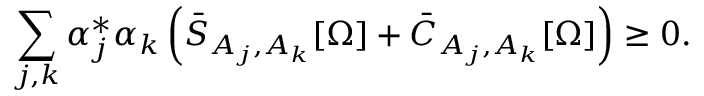
\sum _ { j , k } \alpha _ { j } ^ { * } \alpha _ { k } \left( \bar { S } _ { A _ { j } , A _ { k } } [ \Omega ] + \bar { C } _ { A _ { j } , A _ { k } } [ \Omega ] \right) \geq { 0 } .